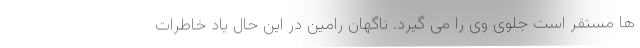
ها مستقر است جلوی وی را می گیرد. ناگهان رامین در این حال یاد خاطرات